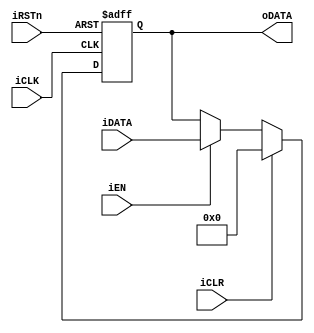
//********************************************************************************************************
//
//  Title             : D_Reg
//  Related document  : TM-2008-XX-XX.hwp/doc/ppt/vsd
//  Organization      : SoC Design Lab.
//                      School of Electrics, Telecommunications and Computer Engineering (ETCE)
//                      Korea Aerospace University (KAU)
//
//  Simulator         : ModelSim SE 6.1b
//  Synthesizer       : Synopsys 2004 SP2
//
//  Created date      : 2009-01-08
//  Last updated date : 2009-02-23
//  Update notice     : {date} - {comments}
//
//  Version           : Ver0.0
//
//********************************************************************************************************/

`timescale 1 ns / 100 ps

module D_REG(iRSTn,
             iCLK,
             iEN,
             iCLR,
             iDATA,
             oDATA);
    
    parameter WL = 8;
    
    input	iRSTn;
    input	iCLK;
    input	iEN;
    input	iCLR;
    input	[WL-1:0] iDATA;
    output	[WL-1:0] oDATA;
    reg 	[WL-1:0] oDATA;
    
    always @(posedge iCLK or negedge iRSTn)
    begin
        if (~iRSTn)
        begin
            oDATA <= # 3	0;
        end
        else if (iCLR)
        begin
            oDATA <= # 3	0;
        end
            else if (iEN)
            begin
            oDATA	 <= # 3	iDATA;
            end
        else
        begin
            oDATA	 <= # 3	oDATA;
        end
    end
endmodule